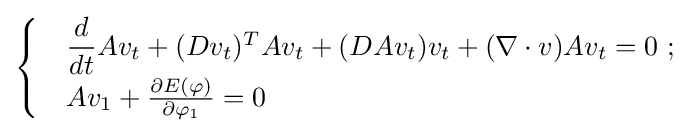
{\begin{cases}&{\dfrac {d}{dt}}Av_{t}+(Dv_{t})^{T}Av_{t}+(DAv_{t})v_{t}+(\nabla \cdot v)Av_{t}=0\ ;\\[4pt]&Av_{1}+{\frac {\partial E(\varphi )}{\partial \varphi _{1}}}=0\end{cases}}